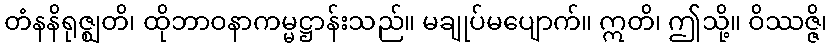
တံနနိရုဇ္ဈတိ၊ ထိုဘာဝနာကမ္မဋ္ဌာန်းသည်။ မချုပ်မပျောက်။ ဣတိ၊ ဤသို့။ ဝိဿဇ္ဇိ၊